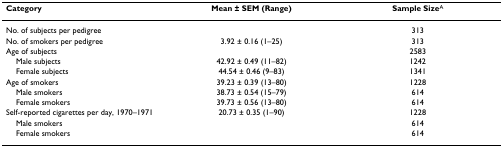
<table><thead><tr><td><b>Category</b></td><td><b>Mean ± SEM (Range)</b></td><td><b>Sample Size<sup>A</sup></b></td></tr></thead><tbody><tr><td>No. of subjects per pedigree</td><td>[EMPTY_CELL]</td><td>313</td></tr><tr><td>No. of smokers per pedigree</td><td>3.92 ± 0.16 (1–25)</td><td>313</td></tr><tr><td>Age of subjects</td><td>[EMPTY_CELL]</td><td>2583</td></tr><tr><td> Male subjects</td><td>42.92 ± 0.49 (11–82)</td><td>1242</td></tr><tr><td> Female subjects</td><td>44.54 ± 0.46 (9–83)</td><td>1341</td></tr><tr><td>Age of smokers</td><td>39.23 ± 0.39 (13–80)</td><td>1228</td></tr><tr><td> Male smokers</td><td>38.73 ± 0.54 (15–79)</td><td>614</td></tr><tr><td> Female smokers</td><td>39.73 ± 0.56 (13–80)</td><td>614</td></tr><tr><td>Self-reported cigarettes per day, 1970–1971</td><td>20.73 ± 0.35 (1–90)</td><td>1228</td></tr><tr><td> Male smokers</td><td>[EMPTY_CELL]</td><td>614</td></tr><tr><td> Female smokers</td><td>[EMPTY_CELL]</td><td>614</td></tr></tbody></table>